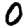
Digit: 0